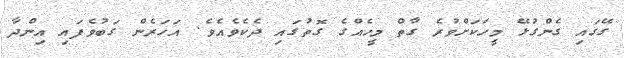
ގޭގައި ގެންގުޅޭ މީހަކަށްވުރެ ގާތް މީހެއްގެ ގޮތުގައި ދެކެވެއެވެ. އަހަރެން ގަބުވެފައި އިންދާ